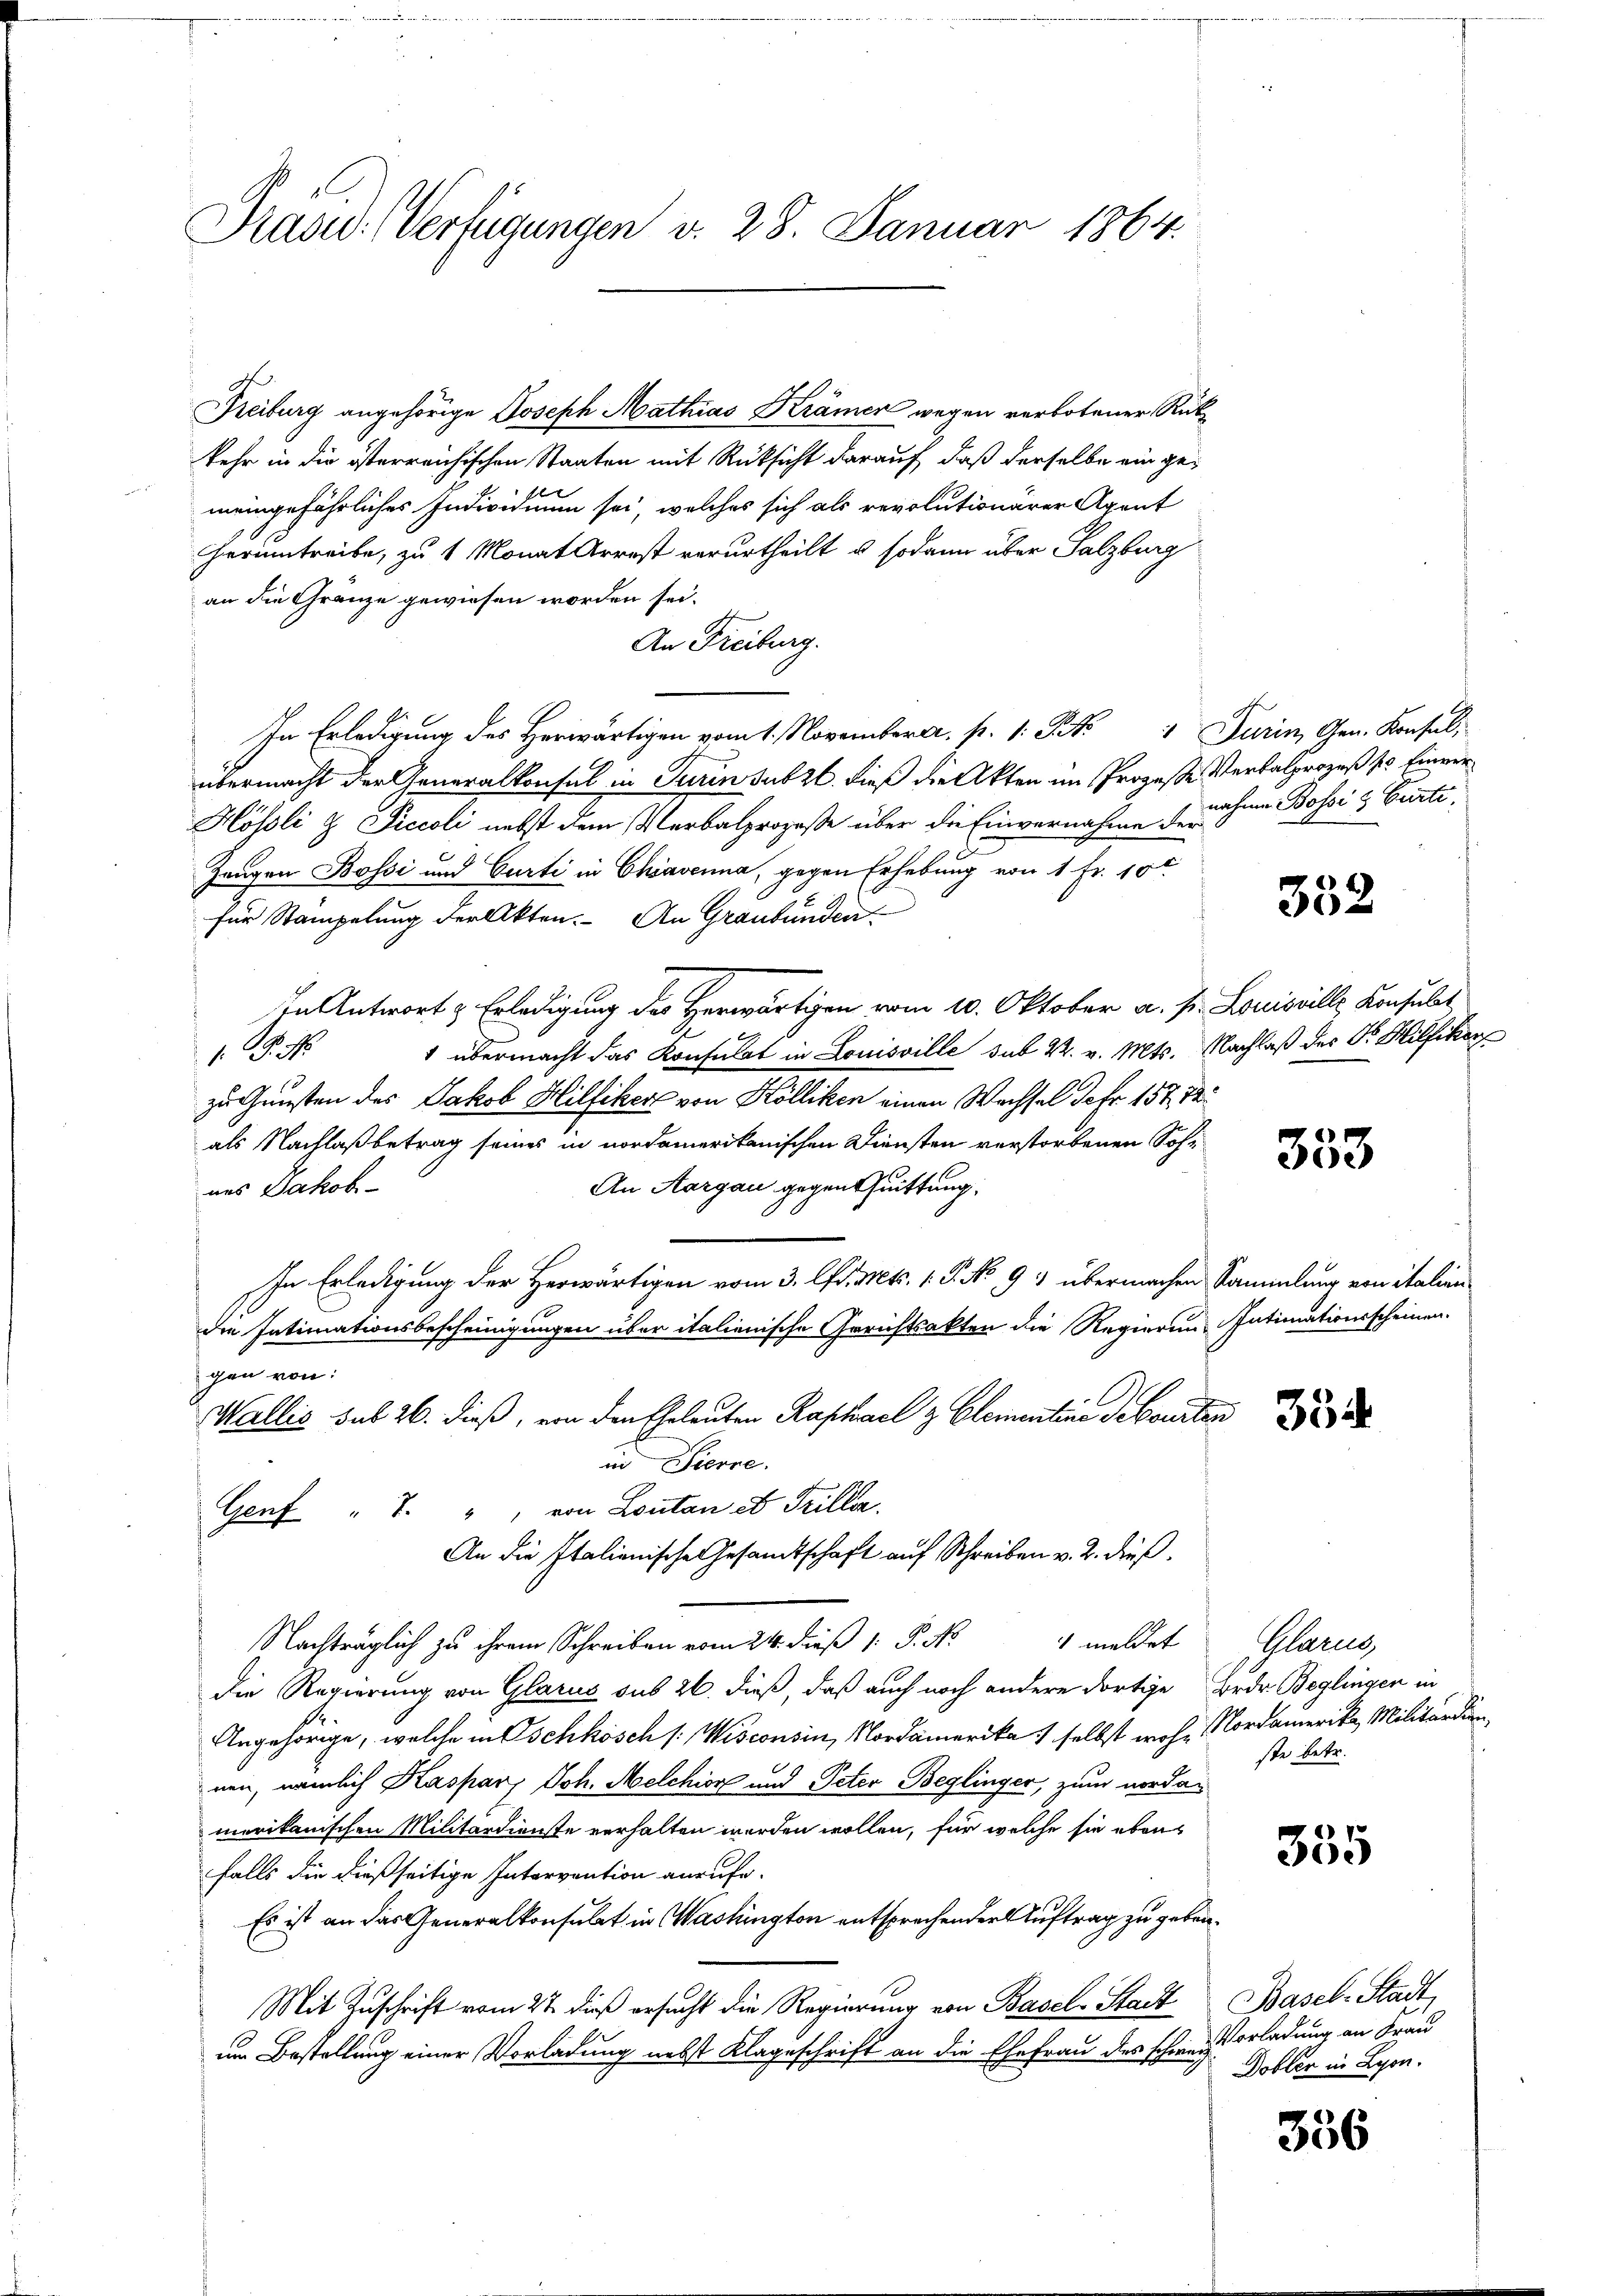
Präsid. Verfügungen d. 28. Januar 1864.

Freiburg angehörige Joseph Mathias Krämer wegen verbotener Rückkehr in die österreichischen Staaten mit Rücksicht darauf, daß derselbe ein gef
meingefährliches Individuum sei, welches sich als revolutionärer Axent
Herumtreibe, zu 1 Monat Arrest verurtheilt u. sodann über Salzburg
an die Gränze gewiesen worden sei.
An Freiburg.
In Erledigung des Herwärtigen vom 1. November a. p. 1. Frk. 1 Turin, Gen. Konsul,
übermacht der Generalkonsul in Turinsubzl. dieß die Akten im Prozeße Verbalprozeß so Einver¬
Hösli & Piccoli nebst dem Verbalprozeße über die Einvernahme den ohne Bossi & Curti,
Zangen Bossi und Curti in Chiavenna, gegen Erhebung von 1 Fr. 10 t
für Stämpelung der Akten. An Graubünden.
In Antwort & Erledigung des Herwärtigen vom 10. Oktober a. s. Louisville Konsult
1 übermacht das Konsulat in Louisville sub 22. v. Mts. Nachlaß des Dr. Hilfiker
. N
zu Gunsten des Jakob Hilfiker von Kölliken einen Wechsel Jahr 157, 12
als Nachlaß betrag seines in nordamerikanischen Diensten verstorbenen Soh¬
An Aargau gegenthuittung.
nes Jakob
In Erledigung der Herwärtigen vom 3. d. Mts. 1. P. No 93 übermachen Sammlung von italien
die Intimationsbescheinigungen über italienische Gerichtsakten die Regierung Intimationsscheinen.
gen von:
Wallis sub 26. dieß, von den Eheleuten Raphael & Elementine Gebauten
in Pierre.
Genf " 7. " " von Loutan e Trilla
An die Italienische Gesandtschaft auf Schreiben v. 2. dieß¬
Nchtlich zu ihrem Schreiben 24. die P. Nr. 4 meldet
Die Regierung von Glarus sub 26. dieß, daß auch noch andere dortige Beder Beglingen in
Angehörige, welche in Oschkösch /:Wisconsin, Nordamerika 1 selbst woher Nordamerika, Militärdien,
nen, nämlich Kaspar Joh. Melchior und Peter Beglinger, zum nordamerikanischen Militärdienste verhalten werden wollen, für welche sie ebenfalls die dießseitige Intervention anrufe.
Es ist an das Generalkonsulat in Washington entsprechender Auftrag zu geben¬
Mit Zuschrift vom 27. dieß ersucht die Regierung von Basel-Stadt Basel-Stadt
um Bestellung einer Vorladung nebst Klageschrift an die Ehefrau des schweiz erladung an Frau

352

353

Glarus,
ste betr.

355

Dobler in Lyon.

356